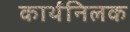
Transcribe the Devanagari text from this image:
कार्थनिलक